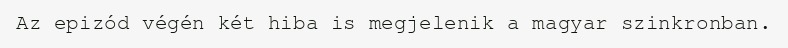
Az epizód végén két hiba is megjelenik a magyar szinkronban.